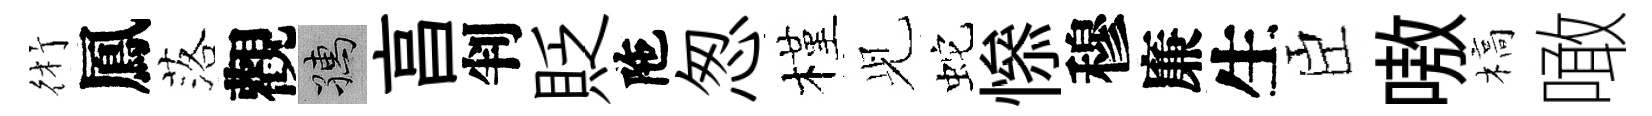
術鳳落觀孺亯判貶陁怱槿𫤗蛇𢡖穆廉生臣嗷槁噉